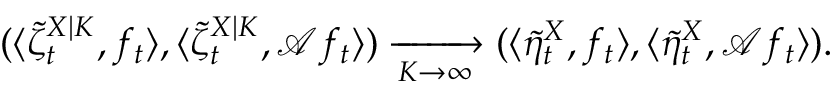
( \langle \tilde { \zeta } _ { t } ^ { X | K } , f _ { t } \rangle , \langle \tilde { \zeta } _ { t } ^ { X | K } , \mathcal { A } f _ { t } \rangle ) \xrightarrow [ K \to \infty ] { } ( \langle \tilde { \eta } _ { t } ^ { X } , f _ { t } \rangle , \langle \tilde { \eta } _ { t } ^ { X } , \mathcal { A } f _ { t } \rangle ) .